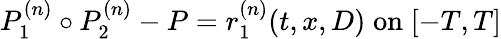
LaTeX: P_{1}^{(n)}\circ P_{2}^{(n)}-P=r_{1}^{(n)}(t,x,D)\; \mathrm{on}\; [-T,T]